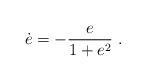
LaTeX: \begin{align*}\dot e = -\frac{e}{1+e^2}\ .\end{align*}